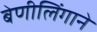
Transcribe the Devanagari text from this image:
बेणीलिंगाने